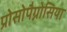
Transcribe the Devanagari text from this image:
प्रोसोपैग्नोसिया